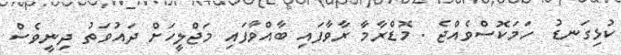
ކުޅިގަނޑު  ހަމަކޮސްވެއްޖެ . މޮޑްރާމާ ރާވާފައި ބާއްވާފައި މަޖްލީހަށް ދައުވަތު ދިނީވެސް